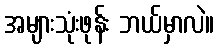
အများသုံးဖုန်း ဘယ်မှာလဲ။